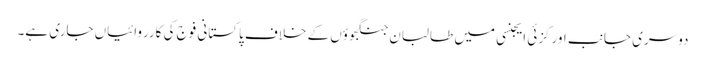
دوسری جانب اورکزئی ایجنسی میں طالبان جنگجوؤں کے خلاف پاکستانی فوج کی کارروائیاں جاری ہے۔